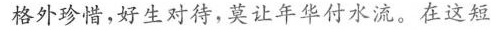
格外珍惜，好生对待，莫让年华付水流。在这短